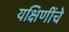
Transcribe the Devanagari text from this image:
यक्षिणींचे